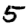
Digit: 5